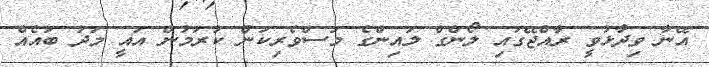
އޭނާ ވިދާޅުވީ ރާއްޖޭގައި ލޯންގް ލައިންގެ މަސްވެރިކަން ކުރަމުން އައީ މަދު ބައެއް